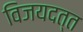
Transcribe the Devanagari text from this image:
विजयदत्त